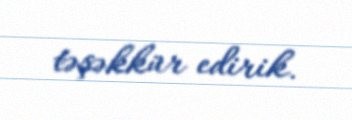
təşəkkür edirik.